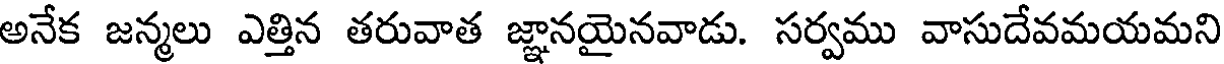
అనేక జన్మలు ఎత్తిన తరువాత జ్ఞానయైనవాడు. సర్వము వాసుదేవమయమని